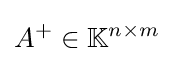
A^{+}\in \mathbb {K} ^{n\times m}